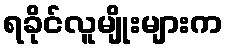
ရခိုင်လူမျိုးများက